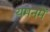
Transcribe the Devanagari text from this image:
यमनमें